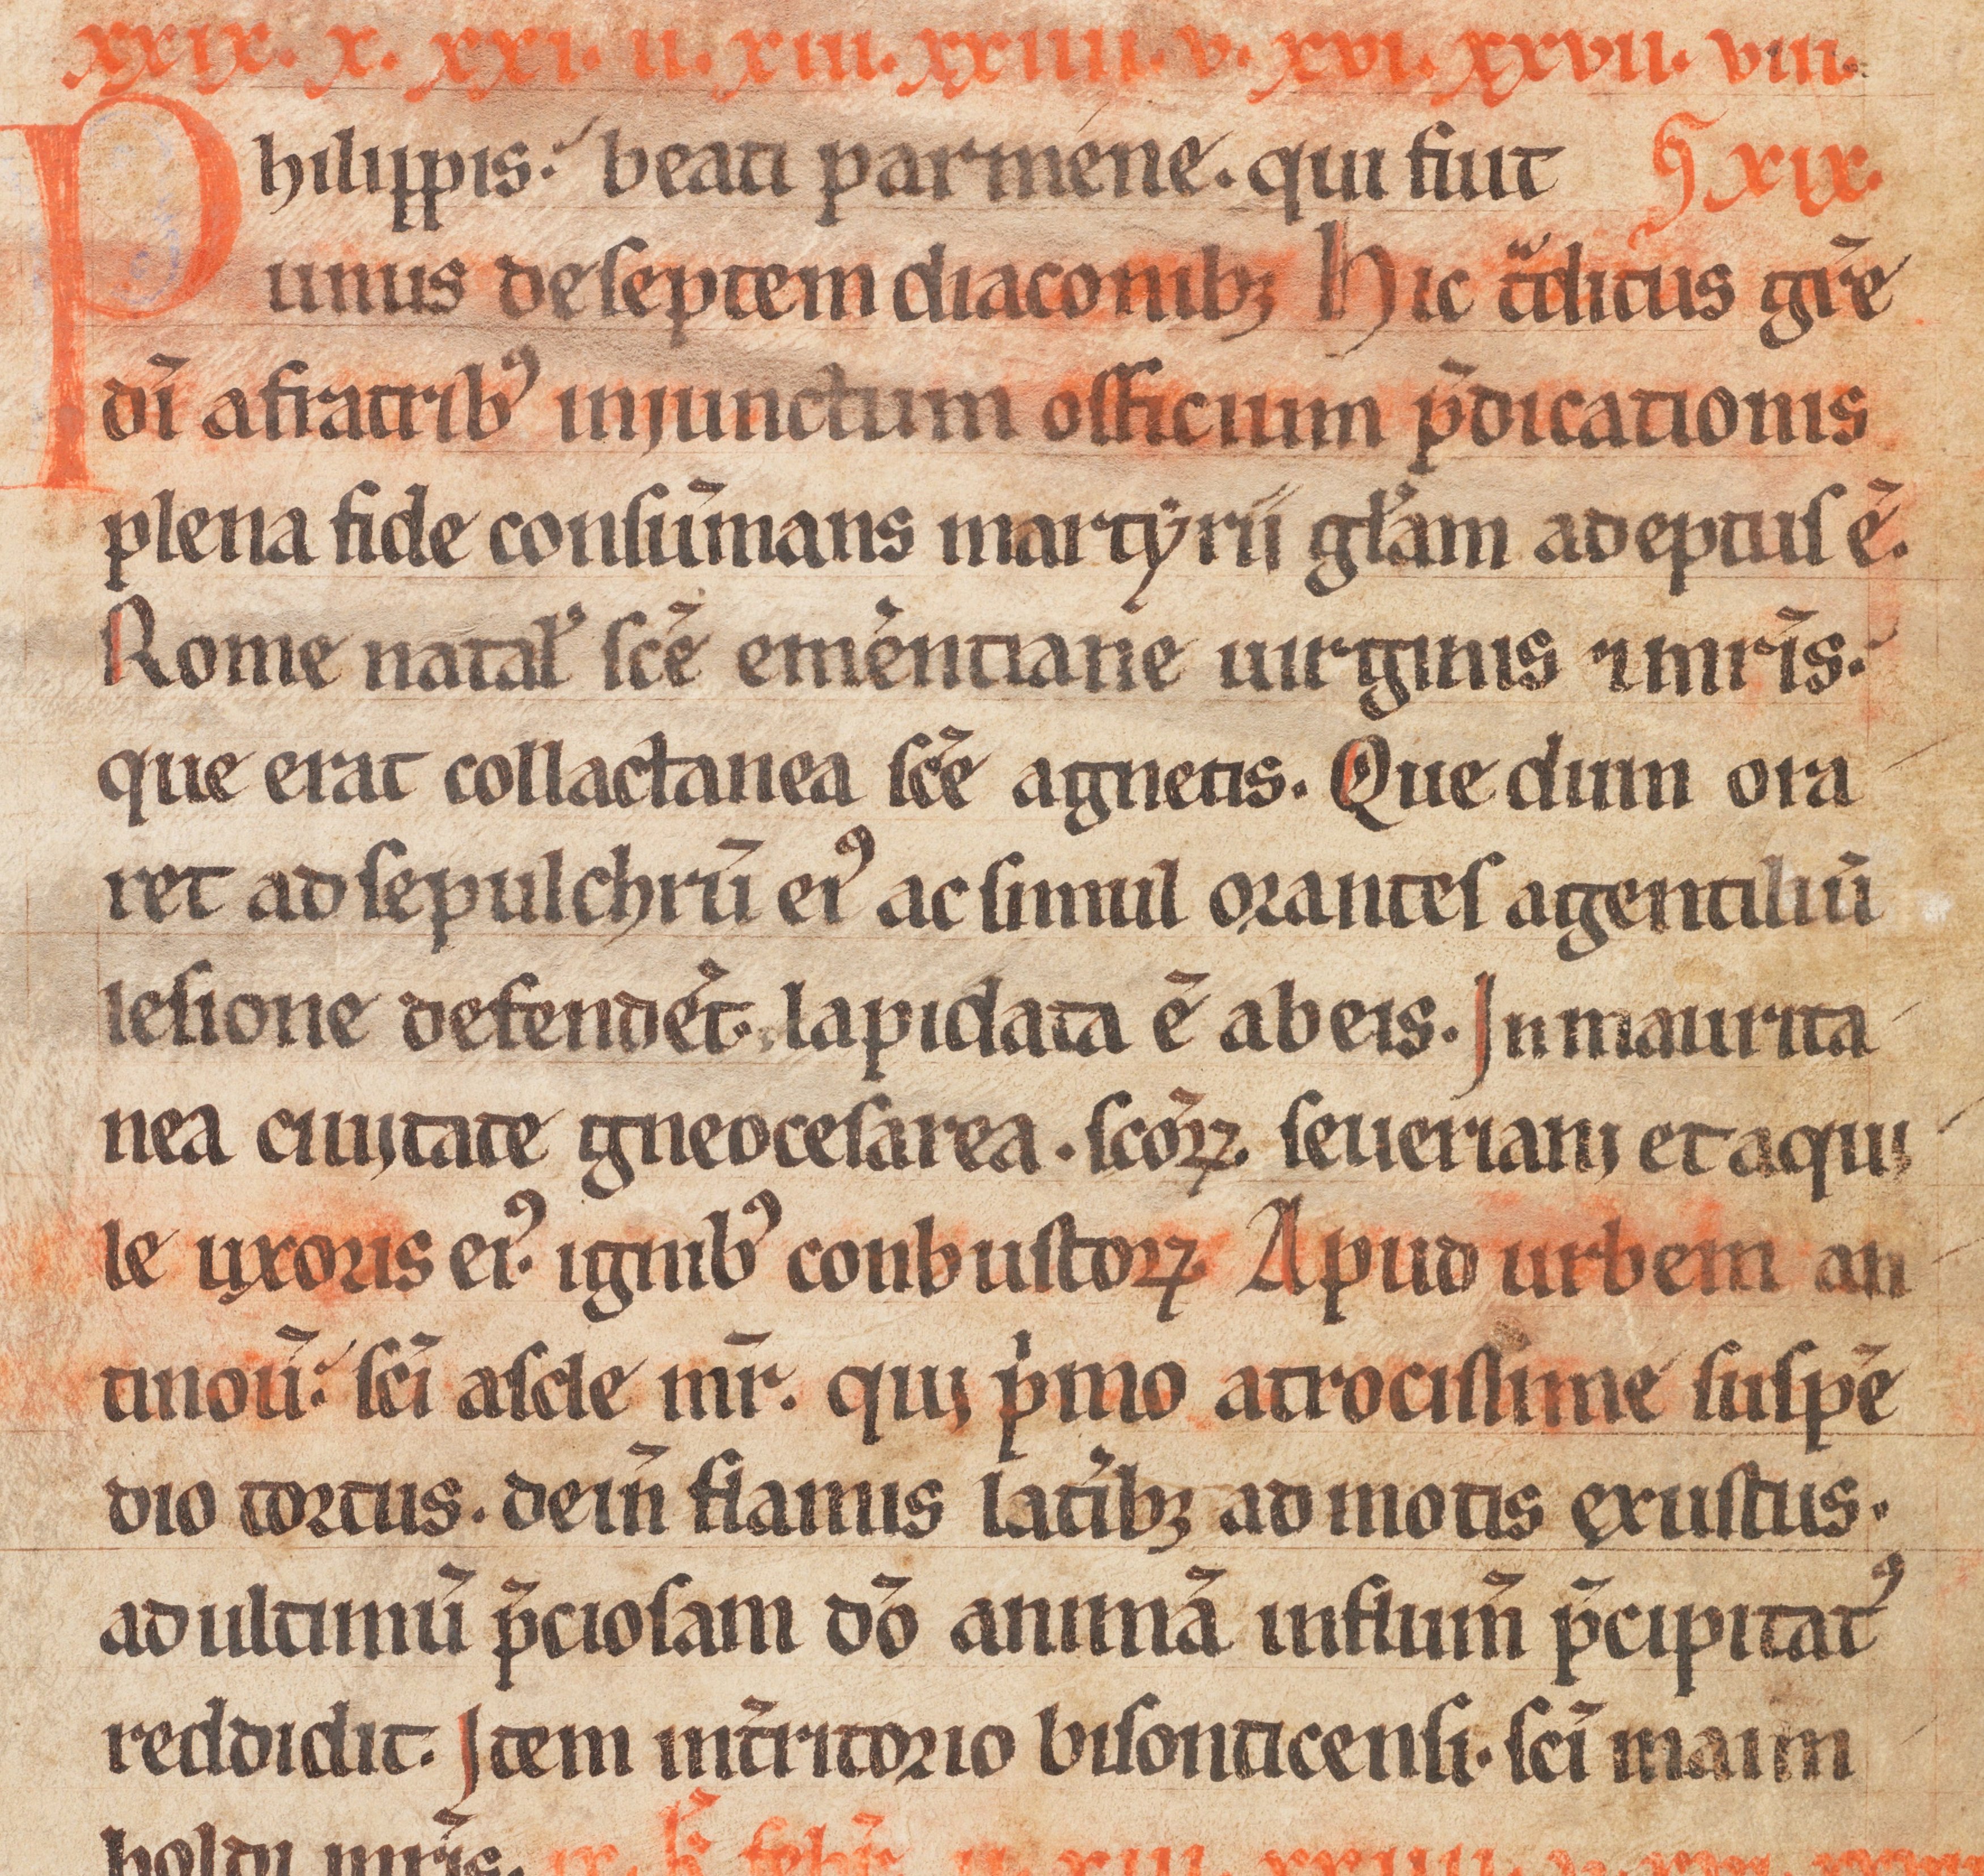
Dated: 1185–1215